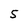
Character: 5